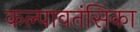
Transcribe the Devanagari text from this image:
कल्पावतंसिका